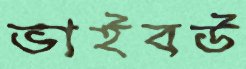
ভাইবউ